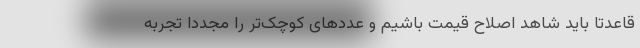
قاعدتاً باید شاهد اصلاح قیمت باشیم و عددهای کوچک‌تر را مجدداً تجربه